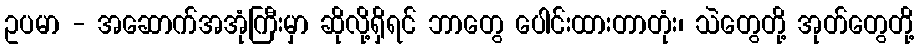
ဥပမာ - အဆောက်အအုံကြီးမှာ ဆိုလို့ရှိရင် ဘာတွေ ပေါင်းထားတာတုံး၊ သဲတွေတို့ အုတ်တွေတို့